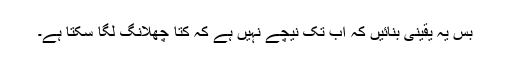
بس یہ یقینی بنائیں کہ اب تک نیچے نہیں ہے کہ کتا چھلانگ لگا سکتا ہے۔